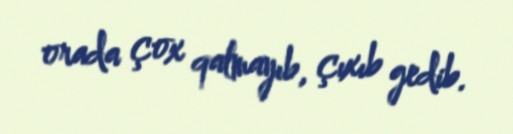
orada çox qalmayıb, çıxıb gedib.